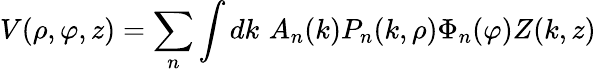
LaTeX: V(\rho,\varphi,z)=\sum_{n}\int dk\, \, A_{n}(k)P_{n}(k,\rho)\Phi_{n}(\varphi)Z(k,z)